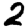
Digit: 2